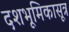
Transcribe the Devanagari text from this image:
दशभूमिकासूत्र